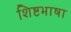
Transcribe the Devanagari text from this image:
शिष्टभाषा